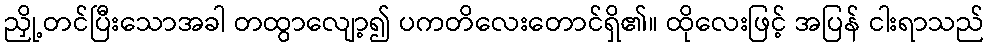
ညှို့တင်ပြီးသောအခါ တထွာလျော့၍ ပကတိလေးတောင်ရှိ၏။ ထိုလေးဖြင့် အပြန် ငါးရာသည်